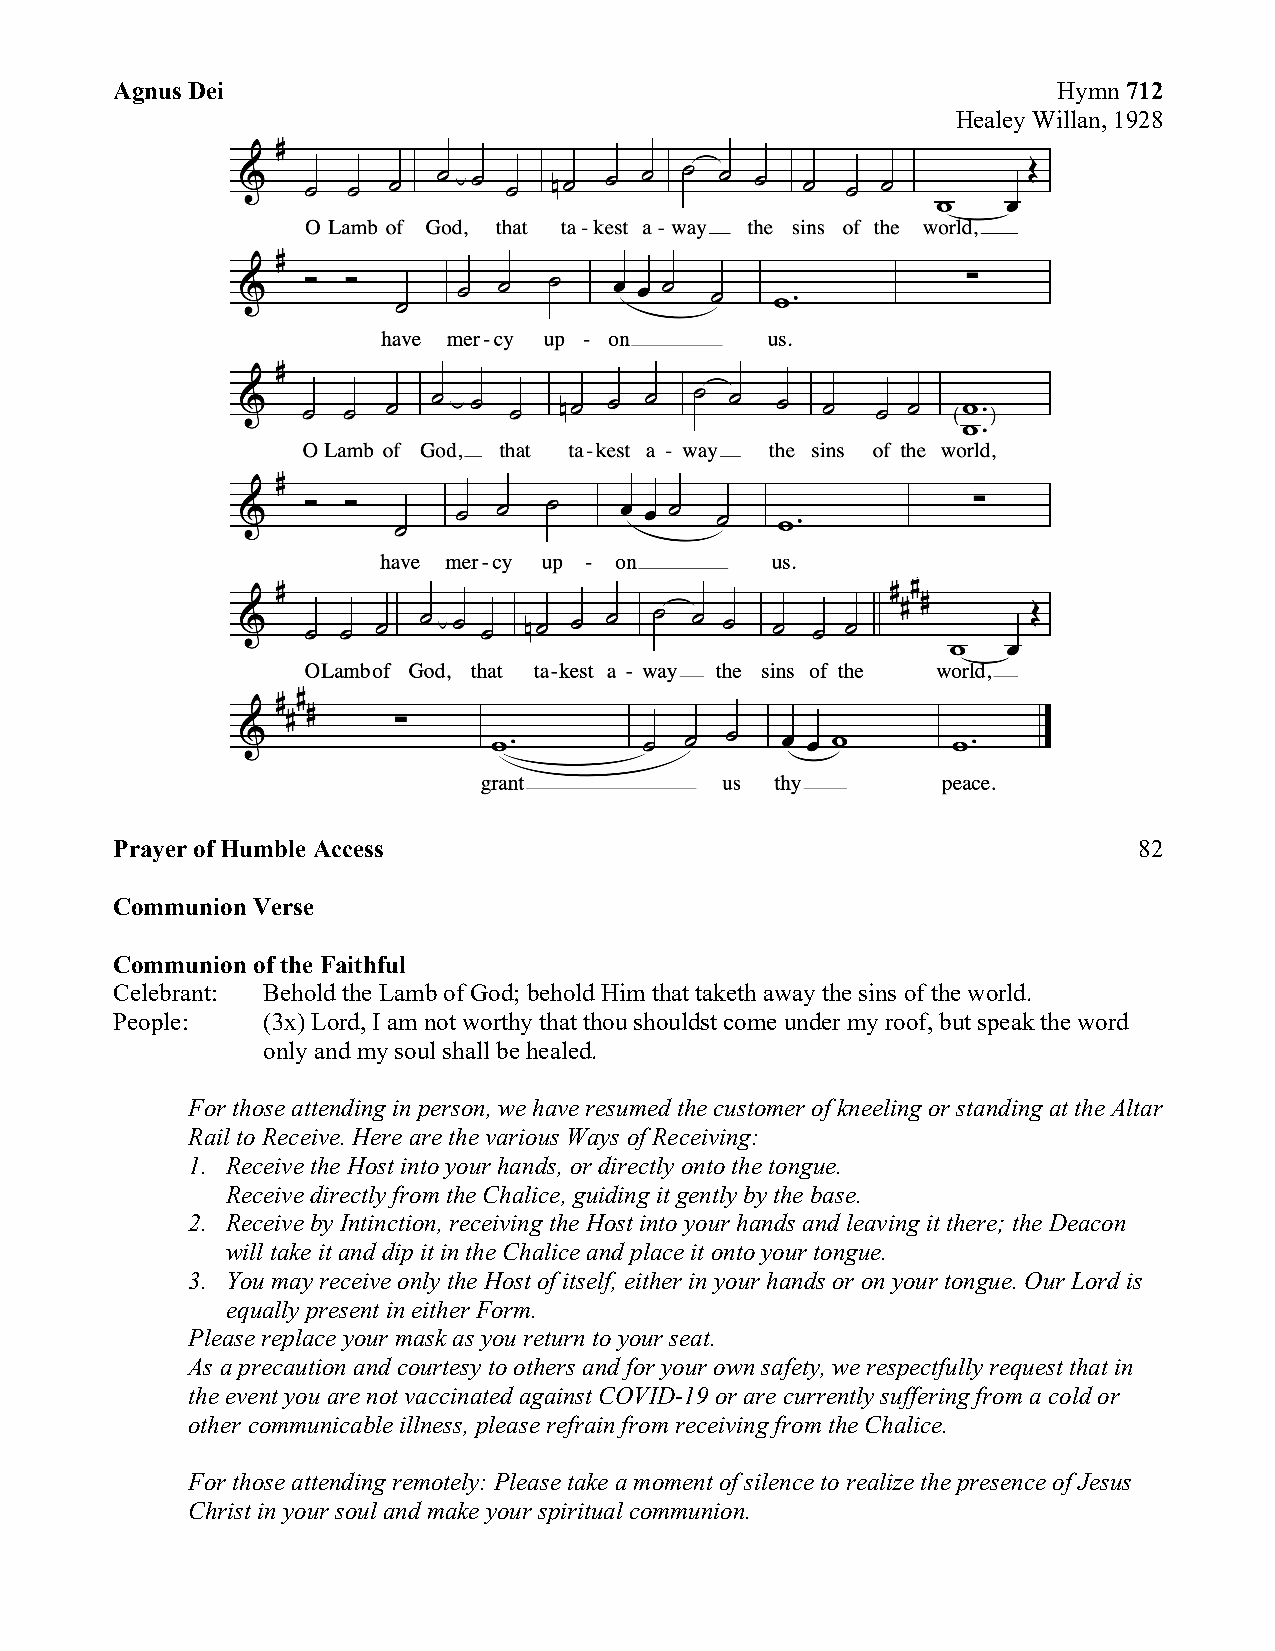
Agnus Dei                                                     Hymn 712
 Healey Willan, 1928
 Prayer of Humble Access                                            82
 Communion Verse
 Communion of the Faithful
 Celebrant: Behold the Lamb of God; behold Him that taketh away the sins of the world.
 People:  (3x) Lord, I am not worthy that thou shouldst come under my roof, but speak the word
 only and my soul shall be healed.
 For those attending in person, we have resumed the customer of kneeling or standing at the Altar
 Rail to Receive. Here are the various Ways of Receiving:
 1. Receive the Host into your hands, or directly onto the tongue.
 Receive directly from the Chalice, guiding it gently by the base.
 2. Receive by Intinction, receiving the Host into your hands and leaving it there; the Deacon
 will take it and dip it in the Chalice and place it onto your tongue.
 3. You may receive only the Host of itself, either in your hands or on your tongue. Our Lord is
 equally present in either Form.
 Please replace your mask as you return to your seat.
 As a precaution and courtesy to others and for your own safety, we respectfully request that in
 the event you are not vaccinated against COVID-19 or are currently suffering from a cold or
 other communicable illness, please refrain from receiving from the Chalice.
 For those attending remotely: Please take a moment of silence to realize the presence of Jesus
 Christ in your soul and make your spiritual communion.